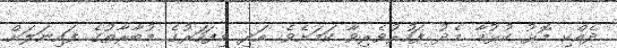
ދެއްކި މޮޅު ކުޅުމާ މެދު ފަހުރުވެރިވާ ކަމަށެވެ. އަދި މިފަހަރުގެ މުބާރާތުގެ ފައިނަލަށް